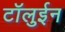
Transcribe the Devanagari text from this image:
टॉलुईन